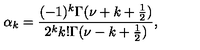
\alpha _ { k } = \frac { ( - 1 ) ^ { k } \Gamma ( \nu + k + \frac { 1 } { 2 } ) } { 2 ^ { k } k ! \Gamma ( \nu - k + \frac { 1 } { 2 } ) } ,